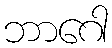
ဘာဂေါ